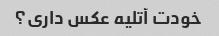
خودت آتلیه عکس داری؟